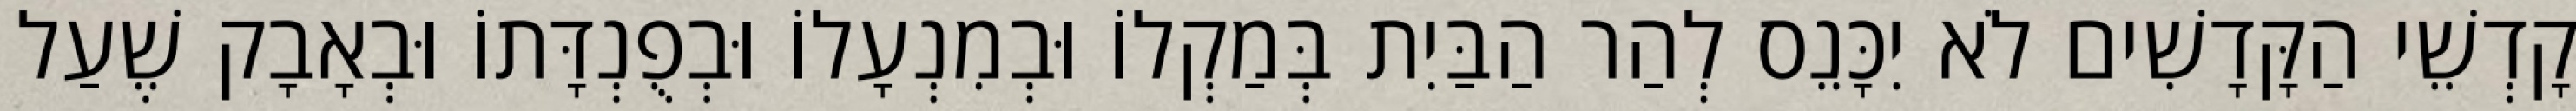
קָדְשֵׁי הַקָּדָשִׁים לֹא יִכָּנֵס לְהַר הַבַּיִת בְּמַקְלוֹ וּבְמִנְעָלוֹ וּבְפֻנְדָּתוֹ וּבְאָבָק שֶׁעַל